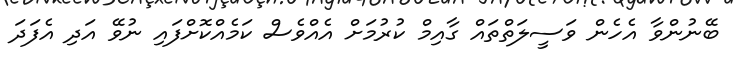
ބޭނުންވާ އެހެން ވަސީލަތްތައް ގާއިމް ކުރުމަށް އެއްވެސް ކަމެއްކޮށްފައި ނުވޭ އަދި އެފަދަ